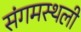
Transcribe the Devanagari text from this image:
संगमस्थली